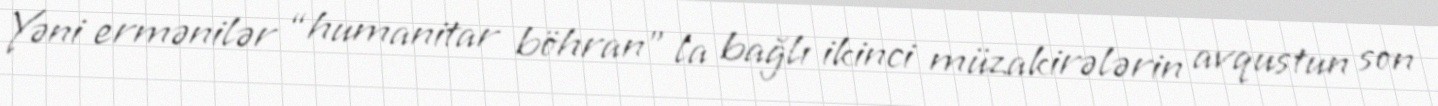
Yəni ermənilər “humanitar böhran” la bağlı ikinci müzakirələrin avqustun son